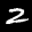
Label: 2